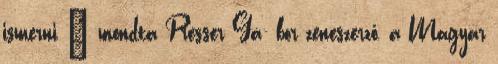
ismerni – mondta Presser Gá- bor zeneszerző, a Magyar